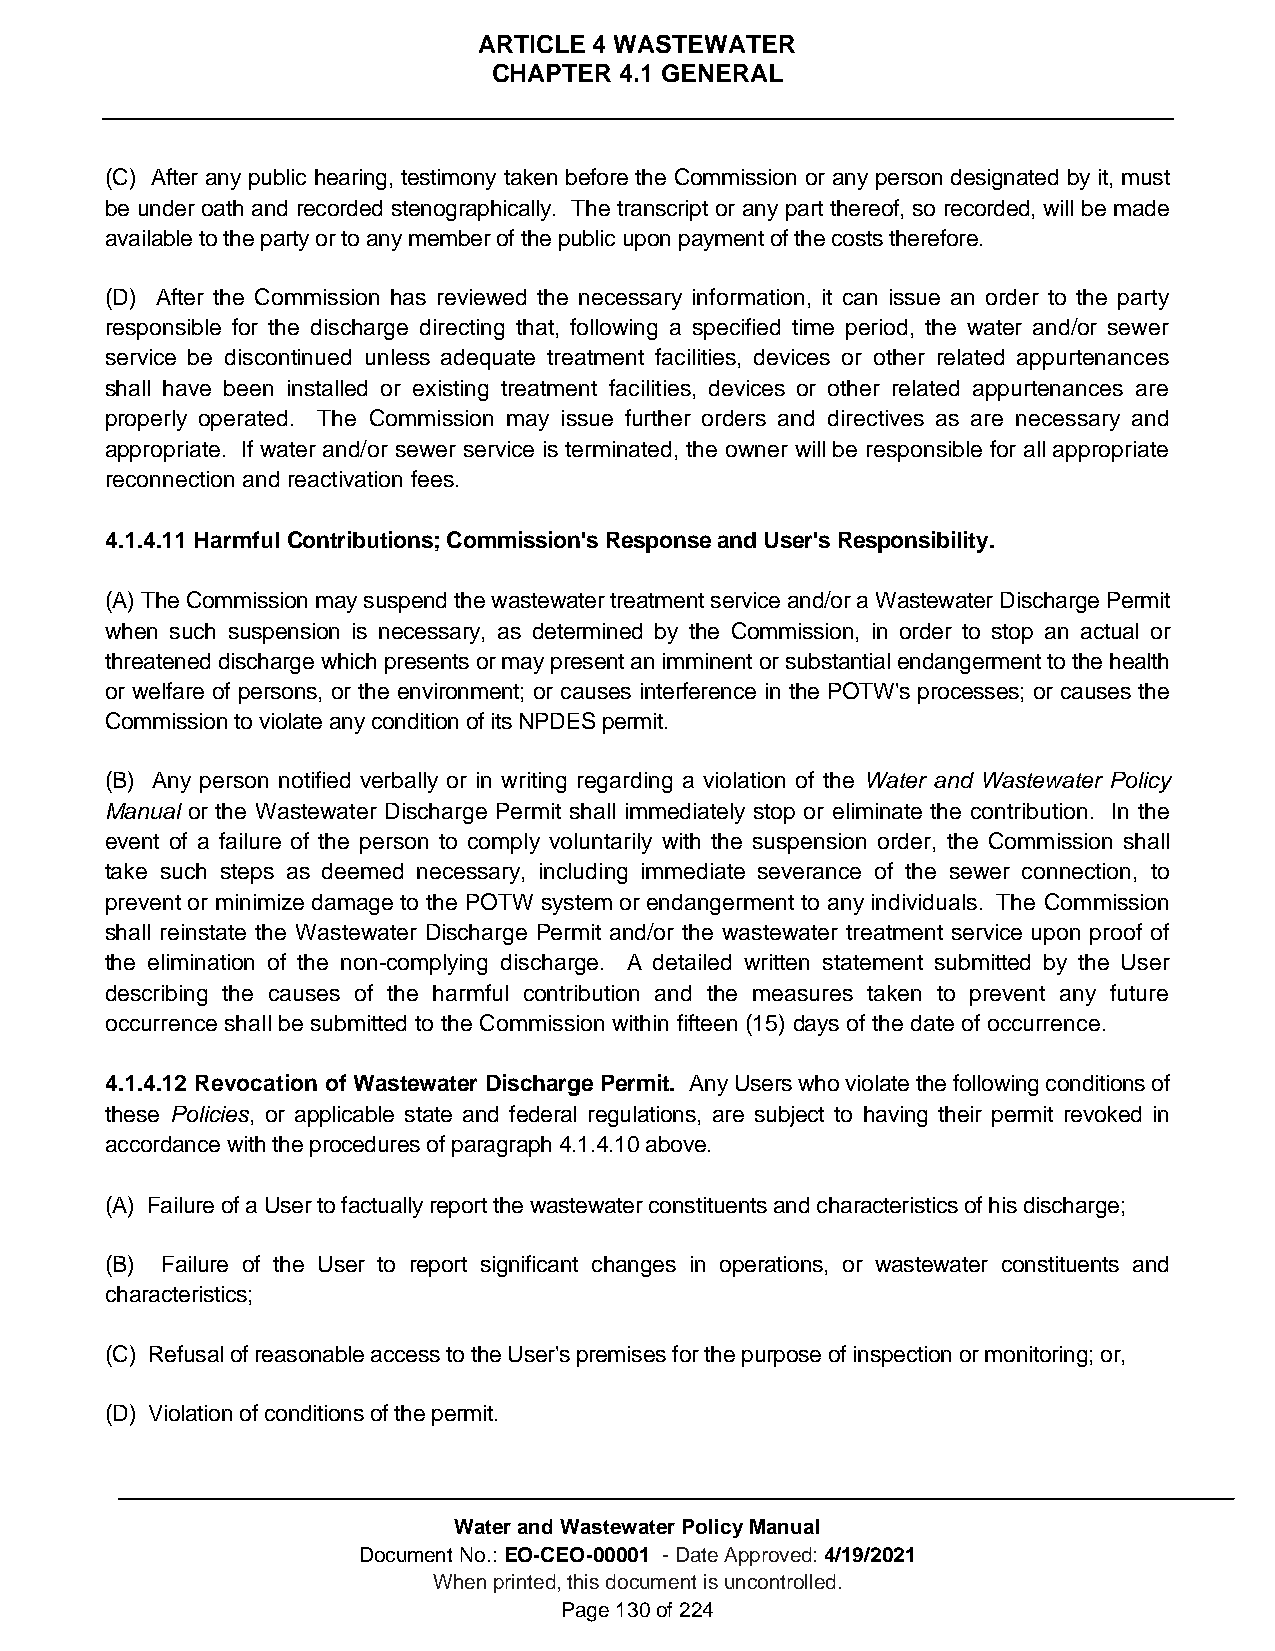
ARTICLE 4 WASTEWATER
 CHAPTER 4.1 GENERAL
 (C) After any public hearing, testimony taken before the Commission or any person designated by it, must
 be under oath and recorded stenographically. The transcript or any part thereof, so recorded, will be made
 available to the party or to any member of the public upon payment of the costs therefore.
 (D) After the Commission has reviewed the necessary information, it can issue an order to the party
 responsible for the discharge directing that, following a specified time period, the water and/or sewer
 service be discontinued unless adequate treatment facilities, devices or other related appurtenances
 shall have been installed or existing treatment facilities, devices or other related appurtenances are
 properly operated. The Commission may issue further orders and directives as are necessary and
 appropriate. If water and/or sewer service is terminated, the owner will be responsible for all appropriate
 reconnection and reactivation fees.
 4.1.4.11 Harmful Contributions; Commission's Response and User's Responsibility.
 (A) The Commission may suspend the wastewater treatment service and/or a Wastewater Discharge Permit
 when such suspension is necessary, as determined by the Commission, in order to stop an actual or
 threatened discharge which presents or may present an imminent or substantial endangerment to the health
 or welfare of persons, or the environment; or causes interference in the POTW's processes; or causes the
 Commission to violate any condition of its NPDES permit.
 (B) Any person notified verbally or in writing regarding a violation of the Water and Wastewater Policy
 Manual or the Wastewater Discharge Permit shall immediately stop or eliminate the contribution. In the
 event of a failure of the person to comply voluntarily with the suspension order, the Commission shall
 take such steps as deemed necessary, including immediate severance of the sewer connection, to
 prevent or minimize damage to the POTW system or endangerment to any individuals. The Commission
 shall reinstate the Wastewater Discharge Permit and/or the wastewater treatment service upon proof of
 the elimination of the non-complying discharge. A detailed written statement submitted by the User
 describing the causes of the harmful contribution and the measures taken to prevent any future
 occurrence shall be submitted to the Commission within fifteen (15) days of the date of occurrence.
 4.1.4.12 Revocation of Wastewater Discharge Permit. Any Users who violate the following conditions of
 these Policies, or applicable state and federal regulations, are subject to having their permit revoked in
 accordance with the procedures of paragraph 4.1.4.10 above.
 (A) Failure of a User to factually report the wastewater constituents and characteristics of his discharge;
 (B) Failure of the User to report significant changes in operations, or wastewater constituents and
 characteristics;
 (C) Refusal of reasonable access to the User's premises for the purpose of inspection or monitoring; or,
 (D) Violation of conditions of the permit.
 Water and Wastewater Policy Manual
 Document No.: EO-CEO-00001 - Date Approved: 4/19/2021
 When printed, this document is uncontrolled.
 Page 130 of 224